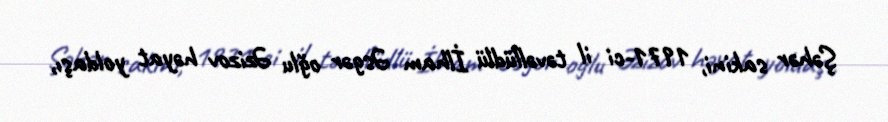
Şəhər sakini, 1971-ci il təvəllüdlü İlham Əsgər oğlu Əzizov həyat yoldaşı,